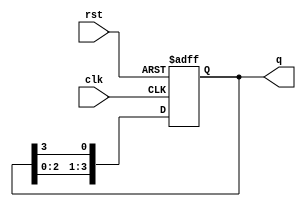
module johnson_counter (
    input wire clk,
    input wire rst,
    output reg [3:0] q
);

reg [3:0] next_q;

always @ (posedge clk or posedge rst) begin
    if (rst) begin
        q <= 4'b0000;
    end else begin
        q <= next_q;
    end
end

always @* begin
    next_q[0] = q[3];
    next_q[1] = q[0];
    next_q[2] = q[1];
    next_q[3] = q[2];
end

endmodule